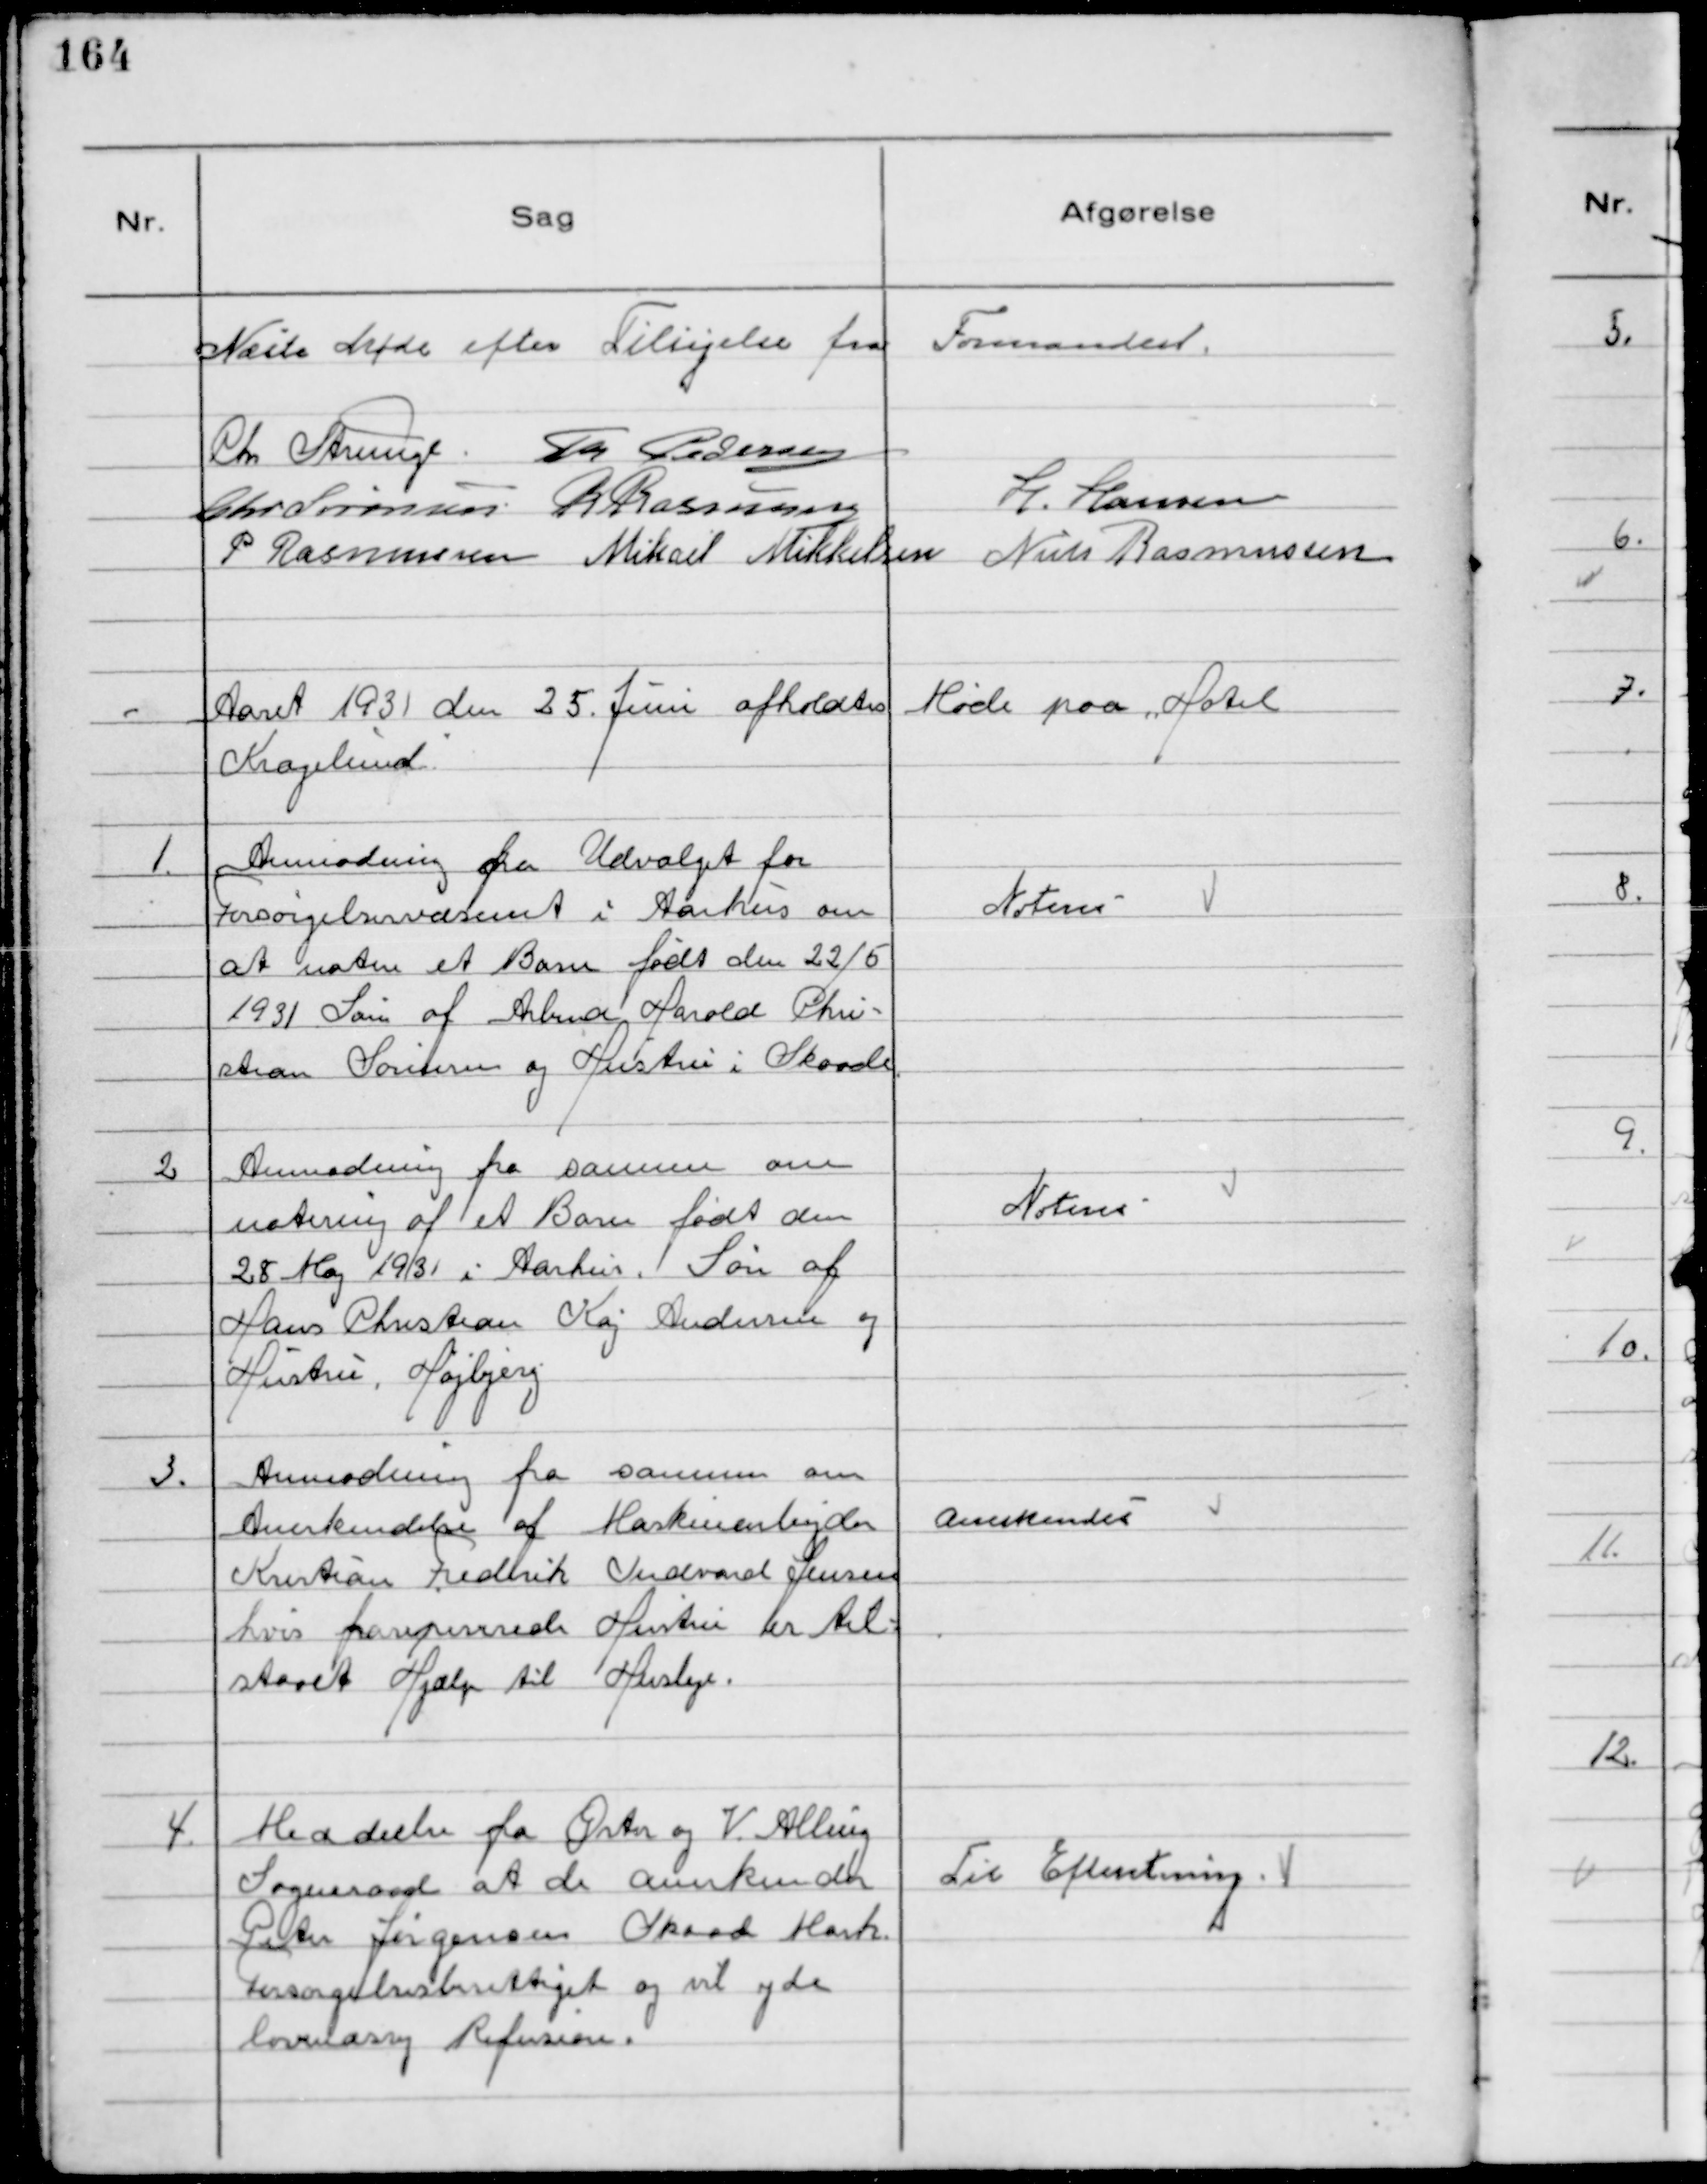
Transskription:
Næste Møde efter Tilsigelse fra Formanden.
Chr Strunge. Th Pedersen
Chr Sørensen R Rasmussen
H. Hansen
P Rasmussen Mikael Mikkelsen Niels Rasmussen

Aaret 1931 den 25. Juni afholdtes Møde paa Hotel
Kragelund.

1.
Anmodning fra Udvalget for
Forsørgelsesvæsenet i Aarhus om
at notere et Barn født den 22/5
1931 Søn af Arbmd Harold Chri-
stian Sørensen og Hustru i Skaade

Noteres

2
Anmodning fra samme om
notering af et Barn født den
28 Maj 1931 i Aarhus. Søn af
Hans Christian Kaj Andersen og
Hustru, Højbjerg

Noteres

3.
Anmodning fra samme om
Anerkendelse af Maskinarbejder
Kristian Frederik Indvard Jensen
hvis frasepererede Hustru er til
staaet Hjælp til Husleje.

Anerkendes

4.
Meddeelse fra Øster og V. Alling
Sogneraad at de anerkender
Peter Jørgensen Skaade Mark
Forsørgelsesberettiget og vil yde
lovmæssig Refusion.

Til Efteretning.